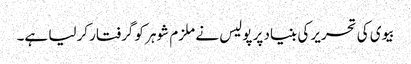
بیوی کی تحریر کی بنیاد پر پولیس نے ملزم شوہر کو گرفتار کرلیا ہے۔